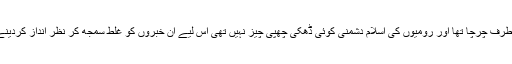
ان خبروں کا تمام عرب میں ہر طرف چرچا تھا اور رومیوں کی اسلام دشمنی کوئی ڈھکی چھپی چیز نہیں تھی اس لیے ان خبروں کو غلط سمجھ کر نظر انداز کردینے کی بھی کوئی و جہ نہیں تھی۔